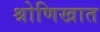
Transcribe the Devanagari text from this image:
श्रोणिखात